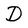
Character: D